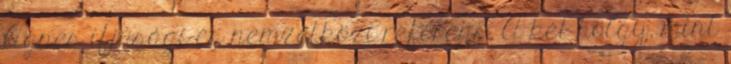
Ágnes ifjúsági és nemzetközi referens. A két hölgy, mint